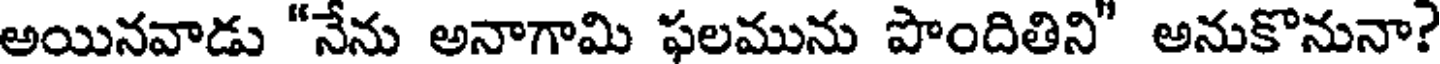
అయినవాడు "నేను అనాగామి ఫలమును పొందితిని" అనుకొనునా?